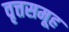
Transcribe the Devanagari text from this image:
वृत्तसमूह